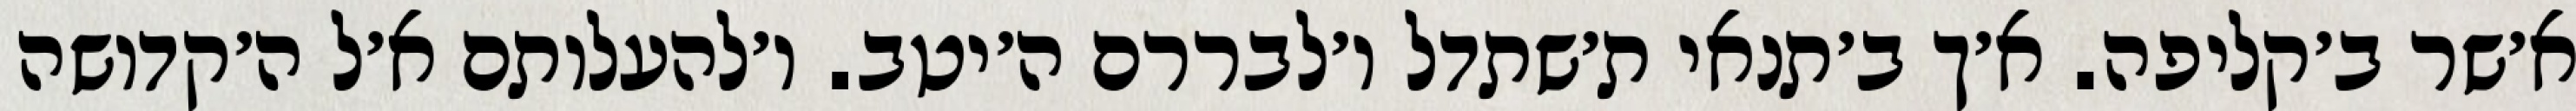
א׳שר ב׳קליפה. א׳ך ב׳תנאי ת׳שתדל ו׳לבררם ה׳יטב. ו׳להעלותם א׳ל ה׳קדושה